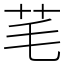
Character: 芼